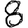
Digit: 8